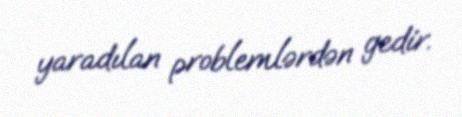
yaradılan problemlərdən gedir.